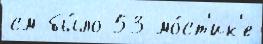
см бы́ло 53 мо́ст'ик'е